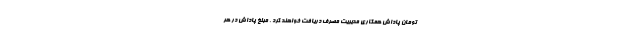
تومان پاداش همکاری مدیریت مصرف دریافت خواهند کرد . مبلغ پاداش در هر